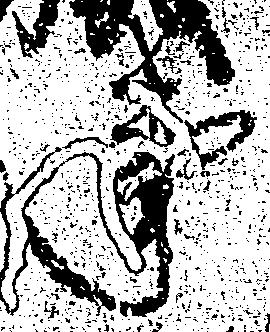
事